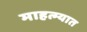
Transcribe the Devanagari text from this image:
माहत्म्यात